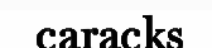
caracks